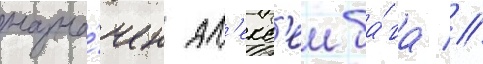
назна́чен ал'екс'еи ба́га //